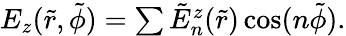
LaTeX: \begin{array}{r}{E_{z}(\tilde{r},\tilde{\phi})=\sum\tilde{E}_{n}^{z}(\tilde{r})\cos(n\tilde{\phi}).}\end{array}